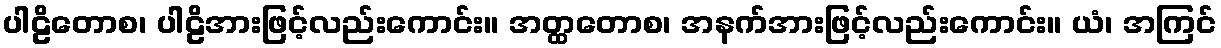
ပါဠိတောစ၊ ပါဠိအားဖြင့်လည်းကောင်း။ အတ္ထတောစ၊ အနက်အားဖြင့်လည်းကောင်း။ ယံ၊ အကြင်